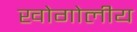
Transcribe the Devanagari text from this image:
खोगोलीय